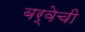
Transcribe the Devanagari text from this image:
बर्वेची